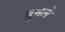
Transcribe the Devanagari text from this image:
द्रुमले